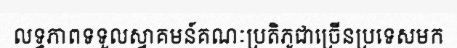
លទ្ធភាពទទួលស្វាគមន៍គណៈប្រតិភូជាច្រើនប្រទេសមក